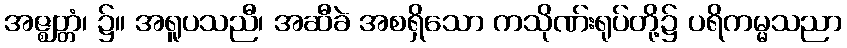
အဇ္ဈတ္တံ၊ ၌။ အရူပသညီ၊ အဆီခဲ အစရှိသော ကသိုဏ်းရုပ်တို့၌ ပရိကမ္မသညာ